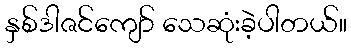
နှစ်ဒါဇင်ကျော် သေဆုံးခဲ့ပါတယ်။